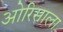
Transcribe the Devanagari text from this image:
ओरिसाला